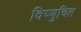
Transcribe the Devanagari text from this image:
विष्णुचित